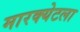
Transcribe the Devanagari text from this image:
मारक्येटला